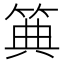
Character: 𥮏